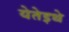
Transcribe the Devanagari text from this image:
येतेइथे